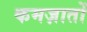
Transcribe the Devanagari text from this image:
कमज़ातों